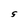
Character: S